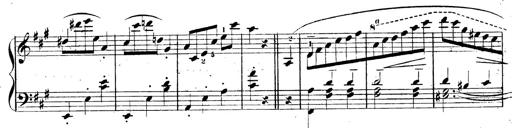
Title: 3 Caprices-Valses
Composer: Franz Liszt